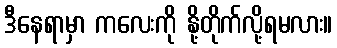
ဒီနေရာမှာ ကလေးကို နို့တိုက်လို့ရမလား။